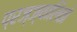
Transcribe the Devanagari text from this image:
प्रज्ज्वालितो